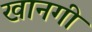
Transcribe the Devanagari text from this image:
खानगी